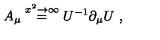
A _ { \mu } \stackrel { x ^ { 2 } \rightarrow \infty } { = } U ^ { - 1 } \partial _ { \mu } U \ ,